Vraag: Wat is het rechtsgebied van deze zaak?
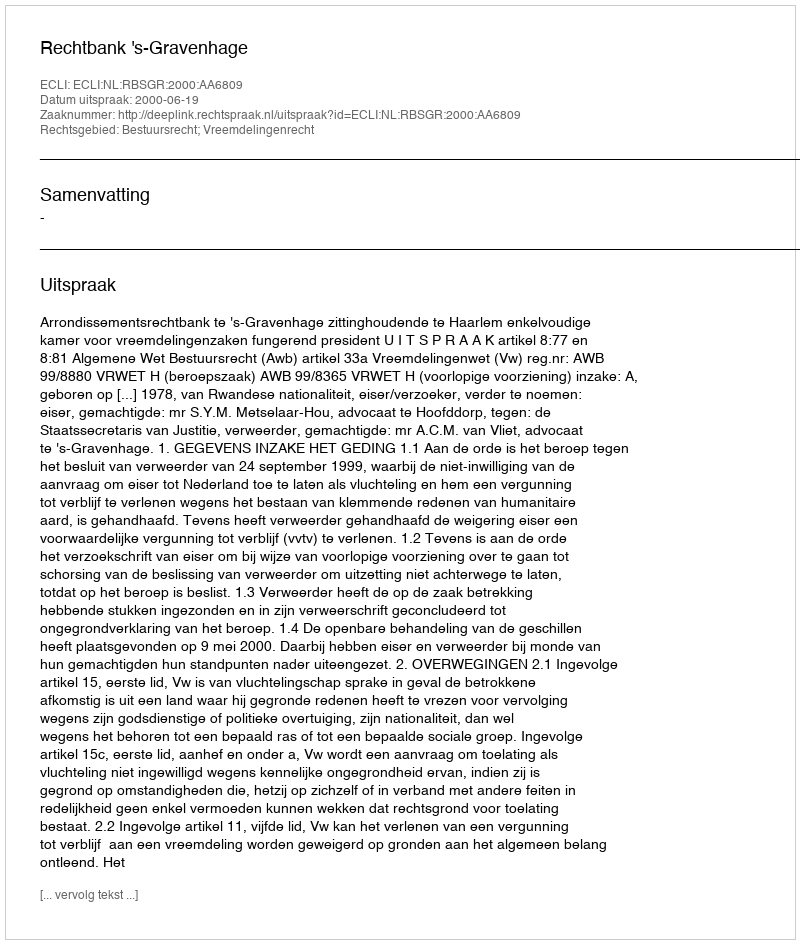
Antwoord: Bestuursrecht; Vreemdelingenrecht